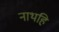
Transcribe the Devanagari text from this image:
नाथहि